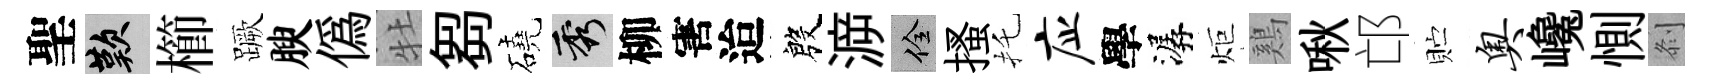
聖嘆櫛蹶腴偽牡芻磽秀柳害迨殷㴑佺搔托应學潺炬鷄啾邙贮奥巉惻𠛴